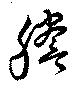
謄